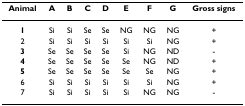
<table><thead><tr><td><b>Animal</b></td><td><b>A</b></td><td><b>B</b></td><td><b>C</b></td><td><b>D</b></td><td><b>E</b></td><td><b>F</b></td><td><b>G</b></td><td><b>Gross signs</b></td></tr></thead><tbody><tr><td><b>1</b></td><td>Si</td><td>Si</td><td>Se</td><td>Se</td><td>NG</td><td>NG</td><td>NG</td><td>+</td></tr><tr><td>2</td><td>Si</td><td>Si</td><td>Si</td><td>Si</td><td>Si</td><td>Si</td><td>NG</td><td>+</td></tr><tr><td><b>3</b></td><td>Se</td><td>Se</td><td>Se</td><td>Se</td><td>Si</td><td>NG</td><td>ND</td><td>-</td></tr><tr><td><b>4</b></td><td>Se</td><td>Se</td><td>Se</td><td>Se</td><td>Se</td><td>NG</td><td>ND</td><td>+</td></tr><tr><td><b>5</b></td><td>Se</td><td>Se</td><td>Se</td><td>Se</td><td>Se</td><td>Se</td><td>NG</td><td>+</td></tr><tr><td>6</td><td>Si</td><td>Si</td><td>Si</td><td>Si</td><td>Si</td><td>Si</td><td>NG</td><td>+</td></tr><tr><td>7</td><td>Si</td><td>Si</td><td>Si</td><td>Si</td><td>Si</td><td>NG</td><td>NG</td><td>-</td></tr></tbody></table>